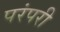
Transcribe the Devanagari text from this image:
परंपरी